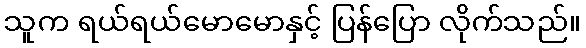
သူက ရယ်ရယ်မောမောနှင့် ပြန်ပြော လိုက်သည်။